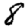
Digit: 8